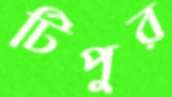
টিপুর